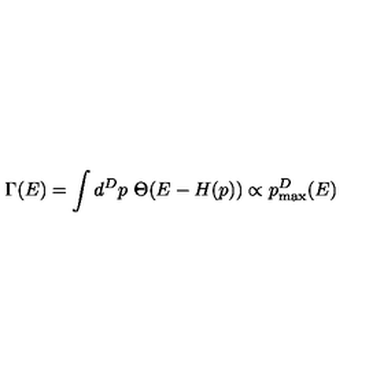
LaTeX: \Gamma ( E ) = \int d ^ { D } p \ \Theta ( E - H ( p ) ) \propto p _ { \mathrm { m a x } } ^ { D } ( E )